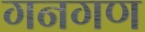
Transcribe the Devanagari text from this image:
गनगण